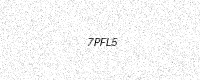
Text: 7PFL5